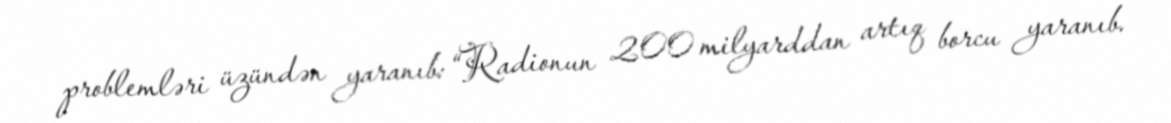
problemləri üzündən yaranıb: “Radionun 200 milyarddan artıq borcu yaranıb.